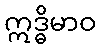
ဣဒ္ဓိမာဝ